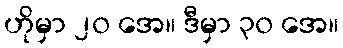
ဟိုမှာ ၂၀ အေ။ ဒီမှာ ၃၀ အေ။